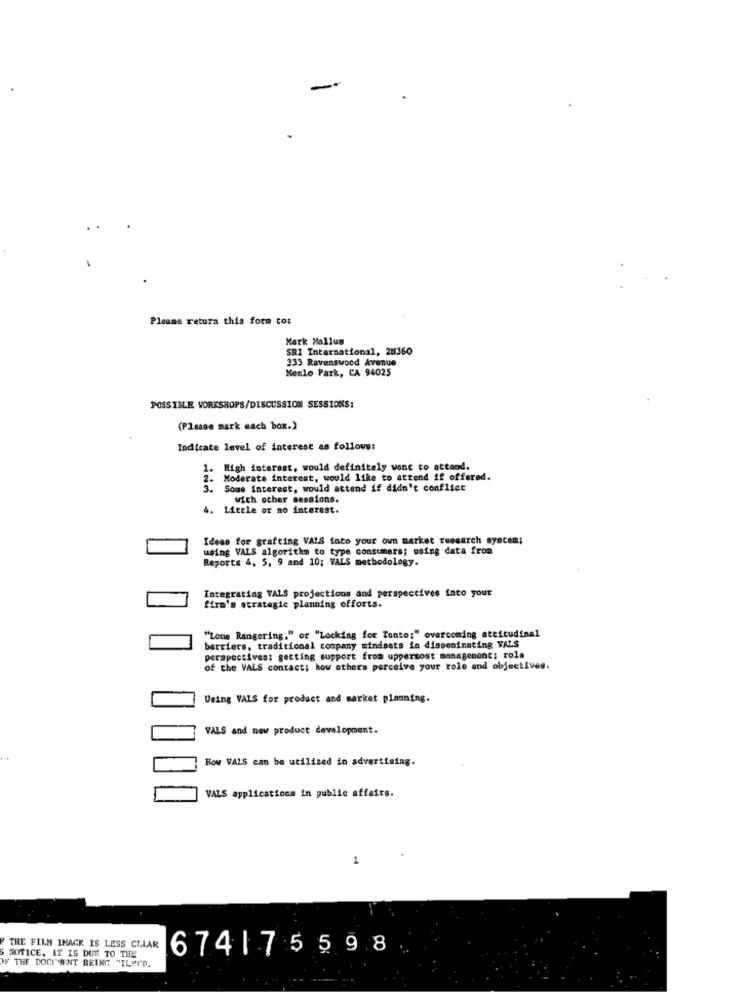
-
Please retura this form to:
Mark Mollus
SRI International, 28360
333 Ravenswood Avenue
Menlo Park, CA 94025
POSSIBLE WORKSHOPS/DISCUSSION SESSIONS:
(Please mark each box.)
Indicate level of interest as follows:
1. High interest, would definitely want to attend.
2.
Moderate interest, would like to attend if offered.
3.
Some interest, would attend if didn't conflict
wich ocher sessions.
4. Little or no interest.
Ideas for grafting VAIS foto your own market research syecem;
ALS algorithm to type consumers; using data from
Reports 4, 5, 9 and 10; VALS methodology.
Integrating VALS projections and perspectives into your
firm's strategic planning efforts.
""Lone Rangering," or "Locking for Tonto;" overcoming attitudinal
barriers, traditional company mindsets in disseminating VALS
perspectives: getting support from uppermost management; rola
of the VALS contact; how others perceive your role and objectives.
Using VALS for product and market planning.
VALS and new product development.
How VALS can be utilized in advertising.
VALS applications in public affairs.
1
S NOTICE, IT IS DUE TO THE
THE FILM IMAGE IS LESS CLIAR
674|75598
OF THE DOCI"BENT BEING "ILEI'D.